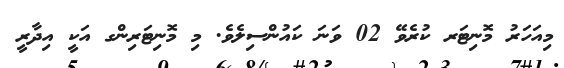
މިއަހަރު މޮނިޓަރ ކުރެވޭ 02 ވަނަ ކައުންސިލެވެ. މި މޮނިޓަރިންގ އަކީ އިދާރީ